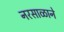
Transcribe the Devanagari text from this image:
नरसाळाने